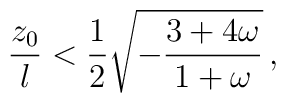
{z_0 \over l} < {1 \over 2} \sqrt{- {{3+4\omega}\over {1+\omega}}} \, ,